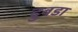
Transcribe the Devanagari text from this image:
दुबडा